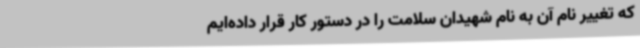
که تغییر نام آن به نام شهیدان سلامت را در دستور کار قرار داده‌ایم